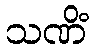
သဏိံ